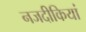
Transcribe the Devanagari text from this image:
नजदीकियां